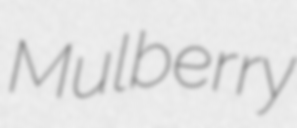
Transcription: Mulberry